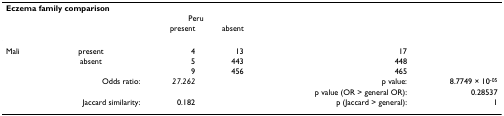
<table><thead><tr><td colspan="6"><b>Eczema family comparison</b></td></tr><tr><td></td><td></td><td colspan="2"><b>Peru</b></td><td></td><td></td></tr><tr><td></td><td></td><td><b>present</b></td><td><b>absent</b></td><td></td><td></td></tr></thead><tbody><tr><td>Mali</td><td>present</td><td>4</td><td>13</td><td>17</td><td></td></tr><tr><td></td><td>absent</td><td>5</td><td>443</td><td>448</td><td></td></tr><tr><td></td><td></td><td>9</td><td>456</td><td>465</td><td></td></tr><tr><td></td><td>Odds ratio:</td><td><i>27.262</i></td><td></td><td>p value:</td><td>8.7749 × 10<sup>-05</sup></td></tr><tr><td></td><td></td><td></td><td></td><td>p value (OR &gt; general OR):</td><td>0.28537</td></tr><tr><td></td><td>Jaccard similarity:</td><td>0.182</td><td></td><td>p (Jaccard &gt; general):</td><td>1</td></tr></tbody></table>